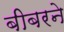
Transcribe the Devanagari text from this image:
बीबरने